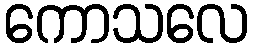
ကောသလေ